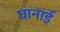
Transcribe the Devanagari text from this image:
घानाई